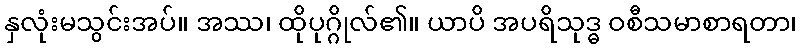
နှလုံးမသွင်းအပ်။ အဿ၊ ထိုပုဂ္ဂိုလ်၏။ ယာပိ အပရိသုဒ္ဓ ဝစီသမာစာရတာ၊